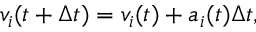
\begin{array} { r } { v _ { i } ( t + \Delta t ) = v _ { i } ( t ) + a _ { i } ( t ) \Delta t , } \end{array}